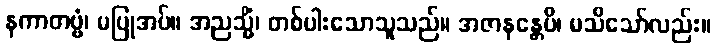
နကာတဗ္ဗံ၊ မပြုအပ်။ အညသ္မိံ၊ တစ်ပါးသောသူသည်။ အဇာနန္တေပိ၊ မသိသော်လည်း။